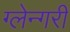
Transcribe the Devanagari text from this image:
ग्लेन्गरी